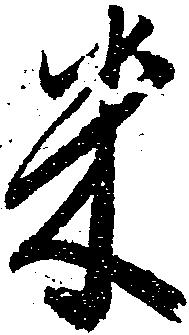
米